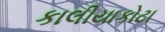
કાલીયાકોટા